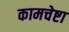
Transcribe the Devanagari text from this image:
कामचेष्टा